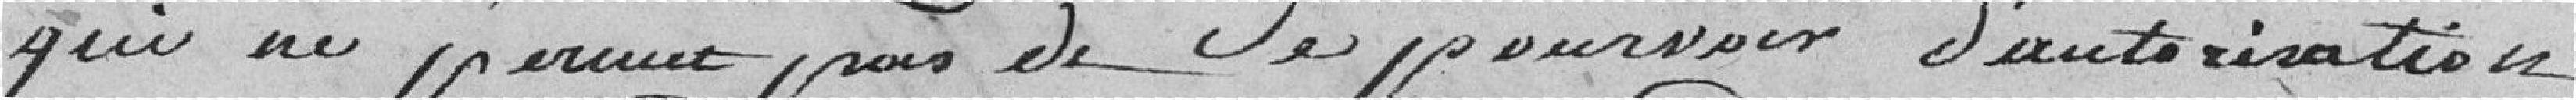
qui ne permet pas de se pourvoir d'autorisation,